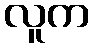
လူက